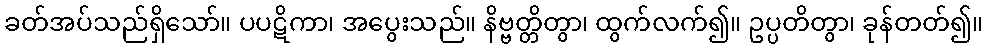
ခတ်အပ်သည်ရှိသော်။ ပပဋိကာ၊ အပွေးသည်။ နိဗ္ဗတ္တိတွာ၊ ထွက်လက်၍။ ဥပ္ပတိတွာ၊ ခုန်တတ်၍။